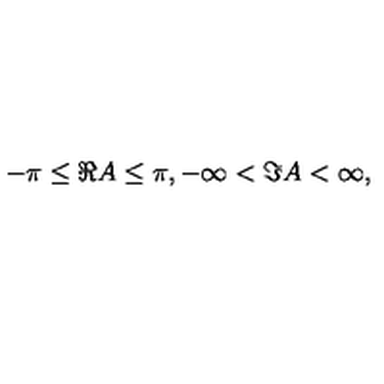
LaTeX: - \pi \leq \Re A \leq \pi , - \infty < \Im A < \infty ,